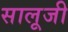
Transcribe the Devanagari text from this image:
सालूजी